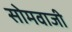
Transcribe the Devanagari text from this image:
सोमवाजी